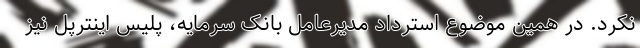
نکرد. در همین موضوع استرداد مدیرعامل بانک سرمایه، پلیس اینترپل نیز